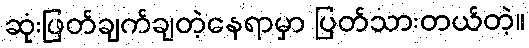
ဆုံးဖြတ်ချက်ချတဲ့နေရာမှာ ပြတ်သားတယ်တဲ့။